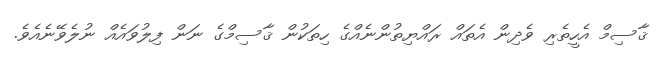
ޤާސިމް އެހީތެރި ވެދިން އެތައް ރައްޔިތުންނެއްގެ ހިތަކުން ޤާސިމްގެ ނަން ފިލުވައެއް ނުލެވޭނެއެވެ.